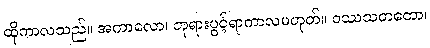
ထိုကာလသည်။ အကာလော၊ ဘုရားပွင့်ရာကာလမဟုတ်။ ဝဿသတတော၊